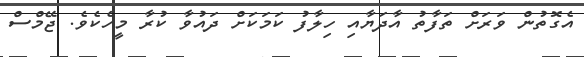
އެގޮތުން ވަރަށް ތަފާތު އާދަޔާއި ހިލާފު ކަމަކަށް ދައުވާ ކުރާ މީހެކެވެ. ޖޭމްސް